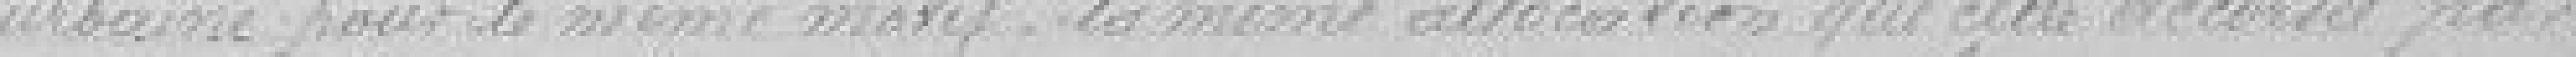
urbaine pour le même motif, la même allocation que celle accordée par